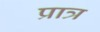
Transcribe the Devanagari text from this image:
प्रात्र